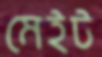
মেইট